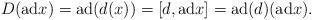
LaTeX: \begin{align*} &D({\rm ad}x)= {\rm ad}(d(x))=[d,{\rm ad}x]={\rm ad}(d)({\rm ad}x).\end{align*}